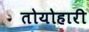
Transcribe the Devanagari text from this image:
तोयोहारी